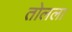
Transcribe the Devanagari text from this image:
तोलला